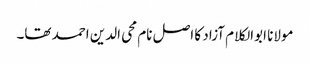
مولانا ابوالکلام آزاد کا اصل نام محی الدین احمد تھا۔